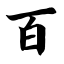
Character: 百